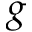
g